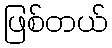
ဖြစ်တယ်